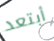
أبتعد